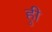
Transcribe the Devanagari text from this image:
हुी